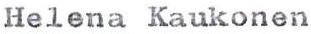
Helena Kaukonen